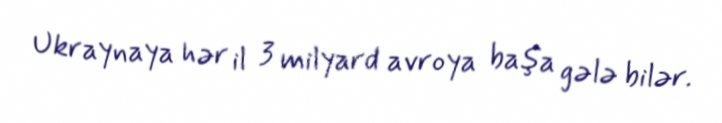
Ukraynaya hər il 3 milyard avroya başa gələ bilər.